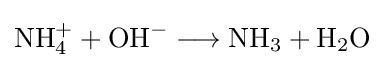
\mathrm {NH_{4}^{+}+OH^{-}\longrightarrow NH_{3}+H_{2}O}